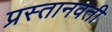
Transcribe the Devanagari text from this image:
प्रस्तानवती